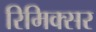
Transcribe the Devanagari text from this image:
रिमिक्सर